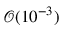
\mathcal { O } ( 1 0 ^ { - 3 } )